Annual report of the Punjab Veterinary College and of the Civil Veterinary Department, Punjab - 1926-1932
Year: 1926
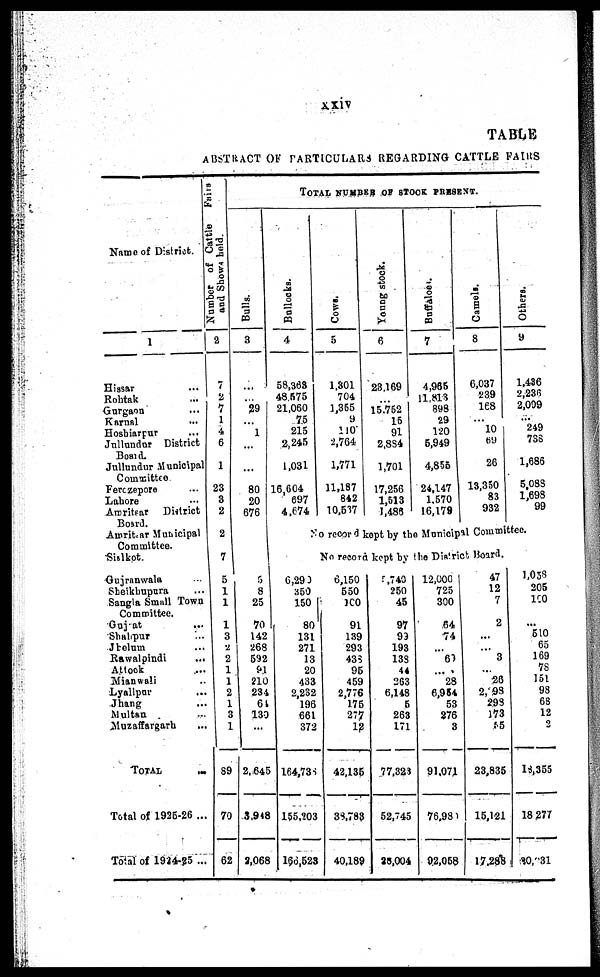
xxiv
TABLE
ABSTRACT OF PARTICULARS REGARDING CATTLE FAIRS
Name of District.
1
Hissar ...
Rohtak ...
Gurgaon ...
Karnal ... ...
Hoshiarpur ...
Jullundur District
Board.
Jullundur Municipal
Committee.
Ferozepore ...
Lahore
Amritsar
District
Board.
Amritsar Municipal
Committee.
Sialkot.
Gujranwala ...
Sheikhupura ...
Sangla Small Town
Committee.
Gujat
...
Shahpur ...
Jhelum ...
Rawalpindi
...
Attock ...
Mianwali ...
Lyallpur
Jhang
Multan
Muzaffargarh
TOTAL
Total of 1925-26 ..
Total of 1924-25 ..
Number of Cattle
Fairs
and Shows held.
2
7
2
7
1
4
6
1
23
3
2
2
7
5
1
1
1
3
2
2
1
1
2
1
3
1
89
70
62
TOTAL NUMBER OF STOCK PRESENT.
Bulls.
3
...
...
29
...
1
... ...
...
80
20
676
...
...
5
8
25
70
142
268
592
91
210
234
61
130
...
2,645
3,948
2,068
Bullocks.
4
58,363
48,575
21,060
75
215
2,245
1,031
16,604
697
4,674
COWS.
5
1,301
704
1,355
9
110
2,764
1,771
11,187
842
10,537
Young stock.
6
23,169
...
15,752
15
91
2,884
1,701
17,256
1,513
1,486
Buffaloes.
7
4,965
11,813
898
29
120
5,949
4,855
24,147
1,570
16,179
Camels.
8
6,037
239
168
...
10
69
26
13,350
83
932
Others.
9
1,436
2,236
2,009
...
249
788
1,686
5,088
1,698
99
No record kept by the Municipal Committee.
6,29 3
350
150
80
131
271
13
20
433
2,232
196
661
372
164,733
155,203
166,523
No record kept by the District Board.
6,150
550
100
91
139
293
435
95
459
2,776
175
277
12
42,135
33,783
40,189
5,740
250
45
97
99
193
133
44
263
6,148
5
263
171
77,323
52,745
28,004
1 12,000
725
300
64
74
...
60
...
28
6,954
53
276
3
91,071
76,93
92,058
47
12
7
2
...
...
3
...
26
2, 93
298
173
55
23,835
15,121
17,288
1,058
205
100
...
510
65
169
78
151
98
68
12
2
14,355
18 277
30, 31